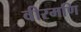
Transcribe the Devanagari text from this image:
वीरमणि